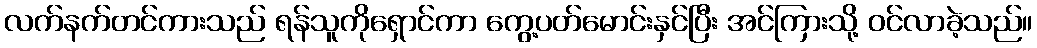
လက်နက်တင်ကားသည် ရန်သူကိုရှောင်ကာ ကွေ့ပတ်မောင်းနှင်ပြီး အင်ကြားသို့ ဝင်လာခဲ့သည်။